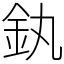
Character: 釻